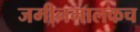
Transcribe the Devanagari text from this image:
जमीनमालकच